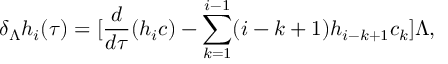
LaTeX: \delta _ { \Lambda } h _ { i } ( \tau ) = [ \frac { d } { d \tau } ( h _ { i } c ) - \sum _ { k = 1 } ^ { i - 1 } ( i - k + 1 ) h _ { i - k + 1 } c _ { k } ] \Lambda ,